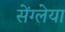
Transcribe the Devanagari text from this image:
सेंग्लेया